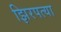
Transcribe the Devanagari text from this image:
झिरपत्या